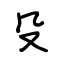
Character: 殳